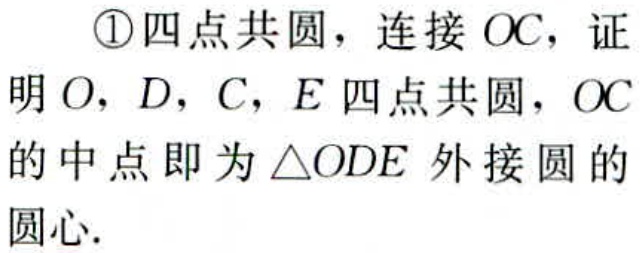
\textcircled{1}四点共圆，连接 \(OC\)，证明 \(O\)，\(D\)，\(C\)，\(E\) 四点共圆，\(OC\)的中点即为 \(\triangle ODE\) 外接圆的圆心.